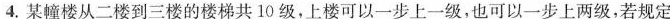
4.某幢楼从二楼到三楼的楼梯共10级，上楼可以一步上一级，也可以一步上两级，若规定